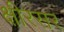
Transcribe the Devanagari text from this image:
क्षीरसर